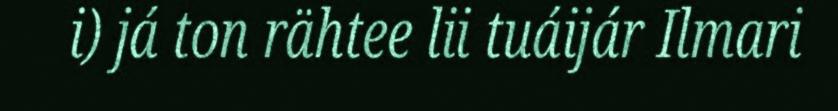
i) já ton rähtee lii tuáijár Ilmari